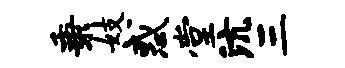
秉妓惑堂沆三